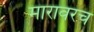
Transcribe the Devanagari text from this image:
मारावरच